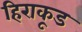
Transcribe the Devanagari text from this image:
हिराकूड